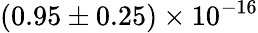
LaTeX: (0.95\pm 0.25)\times 10^{-16}